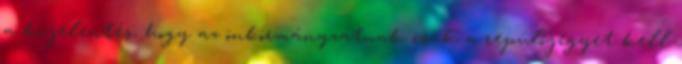
a kijelentés, hogy az önkormányzatnak csak a repülőjegyet kell